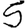
Digit: 5